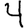
Digit: 4